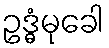
ဥဒ္ဓံမုခေါ